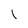
Character: L